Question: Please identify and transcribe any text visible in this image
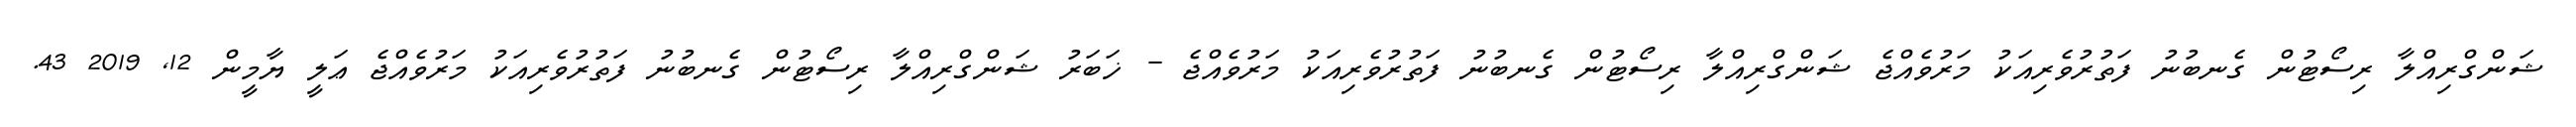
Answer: ޝަންގްރިއްލާ ރިސޯޓުން ގެނބުނު ފަތުރުވެރިއަކު މަރުވެއްޖެ ޝަންގްރިއްލާ ރިސޯޓުން ގެނބުނު ފަތުރުވެރިއަކު މަރުވެއްޖެ - ޚަބަރު ޝަންގްރިއްލާ ރިސޯޓުން ގެނބުނު ފަތުރުވެރިއަކު މަރުވެއްޖެ ޢަލީ ޔާމީން 12, 2019 43.